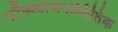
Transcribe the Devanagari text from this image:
फौंक्स्योंजनालितिक